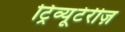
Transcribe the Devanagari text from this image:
ट्रिव्यूटेरीज़